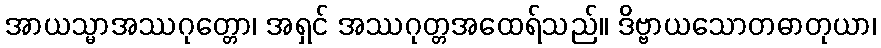
အာယသ္မာအဿဂုတ္တော၊ အရှင် အဿဂုတ္တအထေရ်သည်။ ဒိဗ္ဗာယသောတဓာတုယာ၊